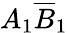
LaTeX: A_{1}\overline{{B}}_{1}